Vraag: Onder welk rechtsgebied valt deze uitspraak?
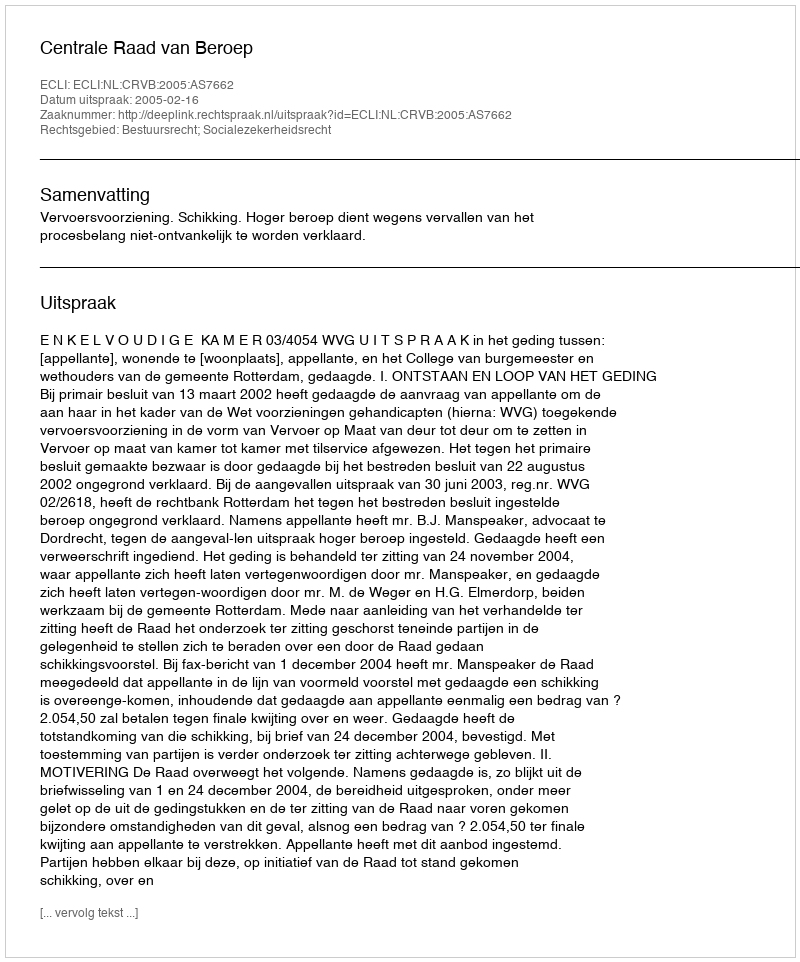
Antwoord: Bestuursrecht; Socialezekerheidsrecht